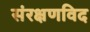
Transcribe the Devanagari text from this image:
संरक्षणविद